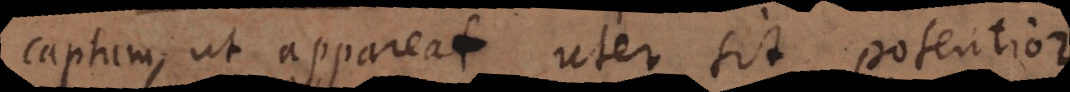
captum, ut appareat uter sit potentior.